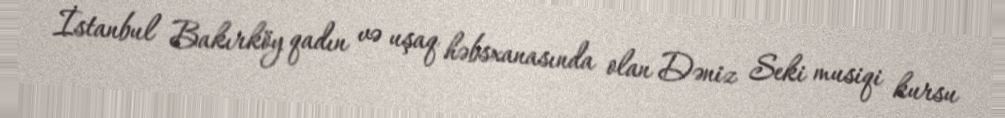
İstanbul Bakırköy qadın və uşaq həbsxanasında olan Dəniz Seki musiqi kursu